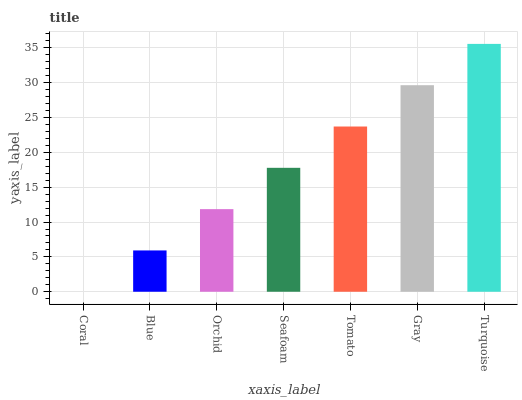
| xaxis_label | bars |
 | --- | --- |
 | Coral | 0 |
 | Blue | 5.93 |
 | Orchid | 11.9 |
 | Seafoam | 17.8 |
 | Tomato | 23.7 |
 | Gray | 29.6 |
 | Turquoise | 35.6 |